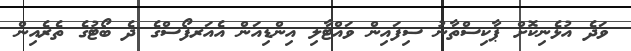
ވަދެ އުޅެނިކޮށް ޕާކިސްތާނު ސިފައިން ވައްޓާލި އިންޑިއަން އެއަރފޯސްގެ ދެ ބޯޓުގެ ތެރެއިން